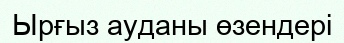
Ырғыз ауданы өзендері